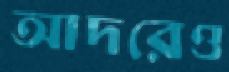
আদরেও